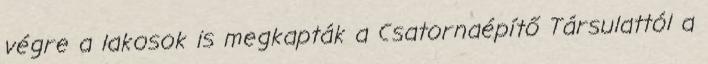
végre a lakosok is megkapták a Csatornaépítő Társulattól a